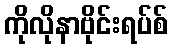
ကိုလိုနာဗိုင်းရပ်စ်